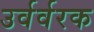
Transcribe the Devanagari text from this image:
उर्वर्वरक